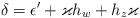
LaTeX: \begin{align*}\delta=\epsilon^\prime+\varkappa h_w+h_z\varkappa\end{align*}